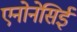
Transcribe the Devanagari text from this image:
एनोनेसिई